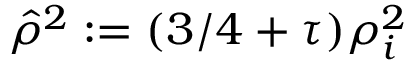
\hat { \rho } ^ { 2 } : = ( 3 / 4 + \tau ) \rho _ { i } ^ { 2 }